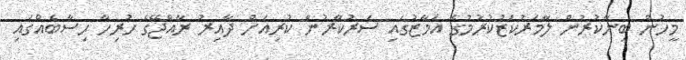
މީހުން ބިނާކުރުން ލާމަރުކަޒުކުރުމުގެ އަމާޒުގައި ސަރުކާރުން ކުރިއަށް ދާއިރު ރާއްޖޭގެ ހުރިހާ ހިސާބެއްގައި